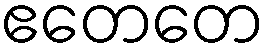
ဧတေတေ